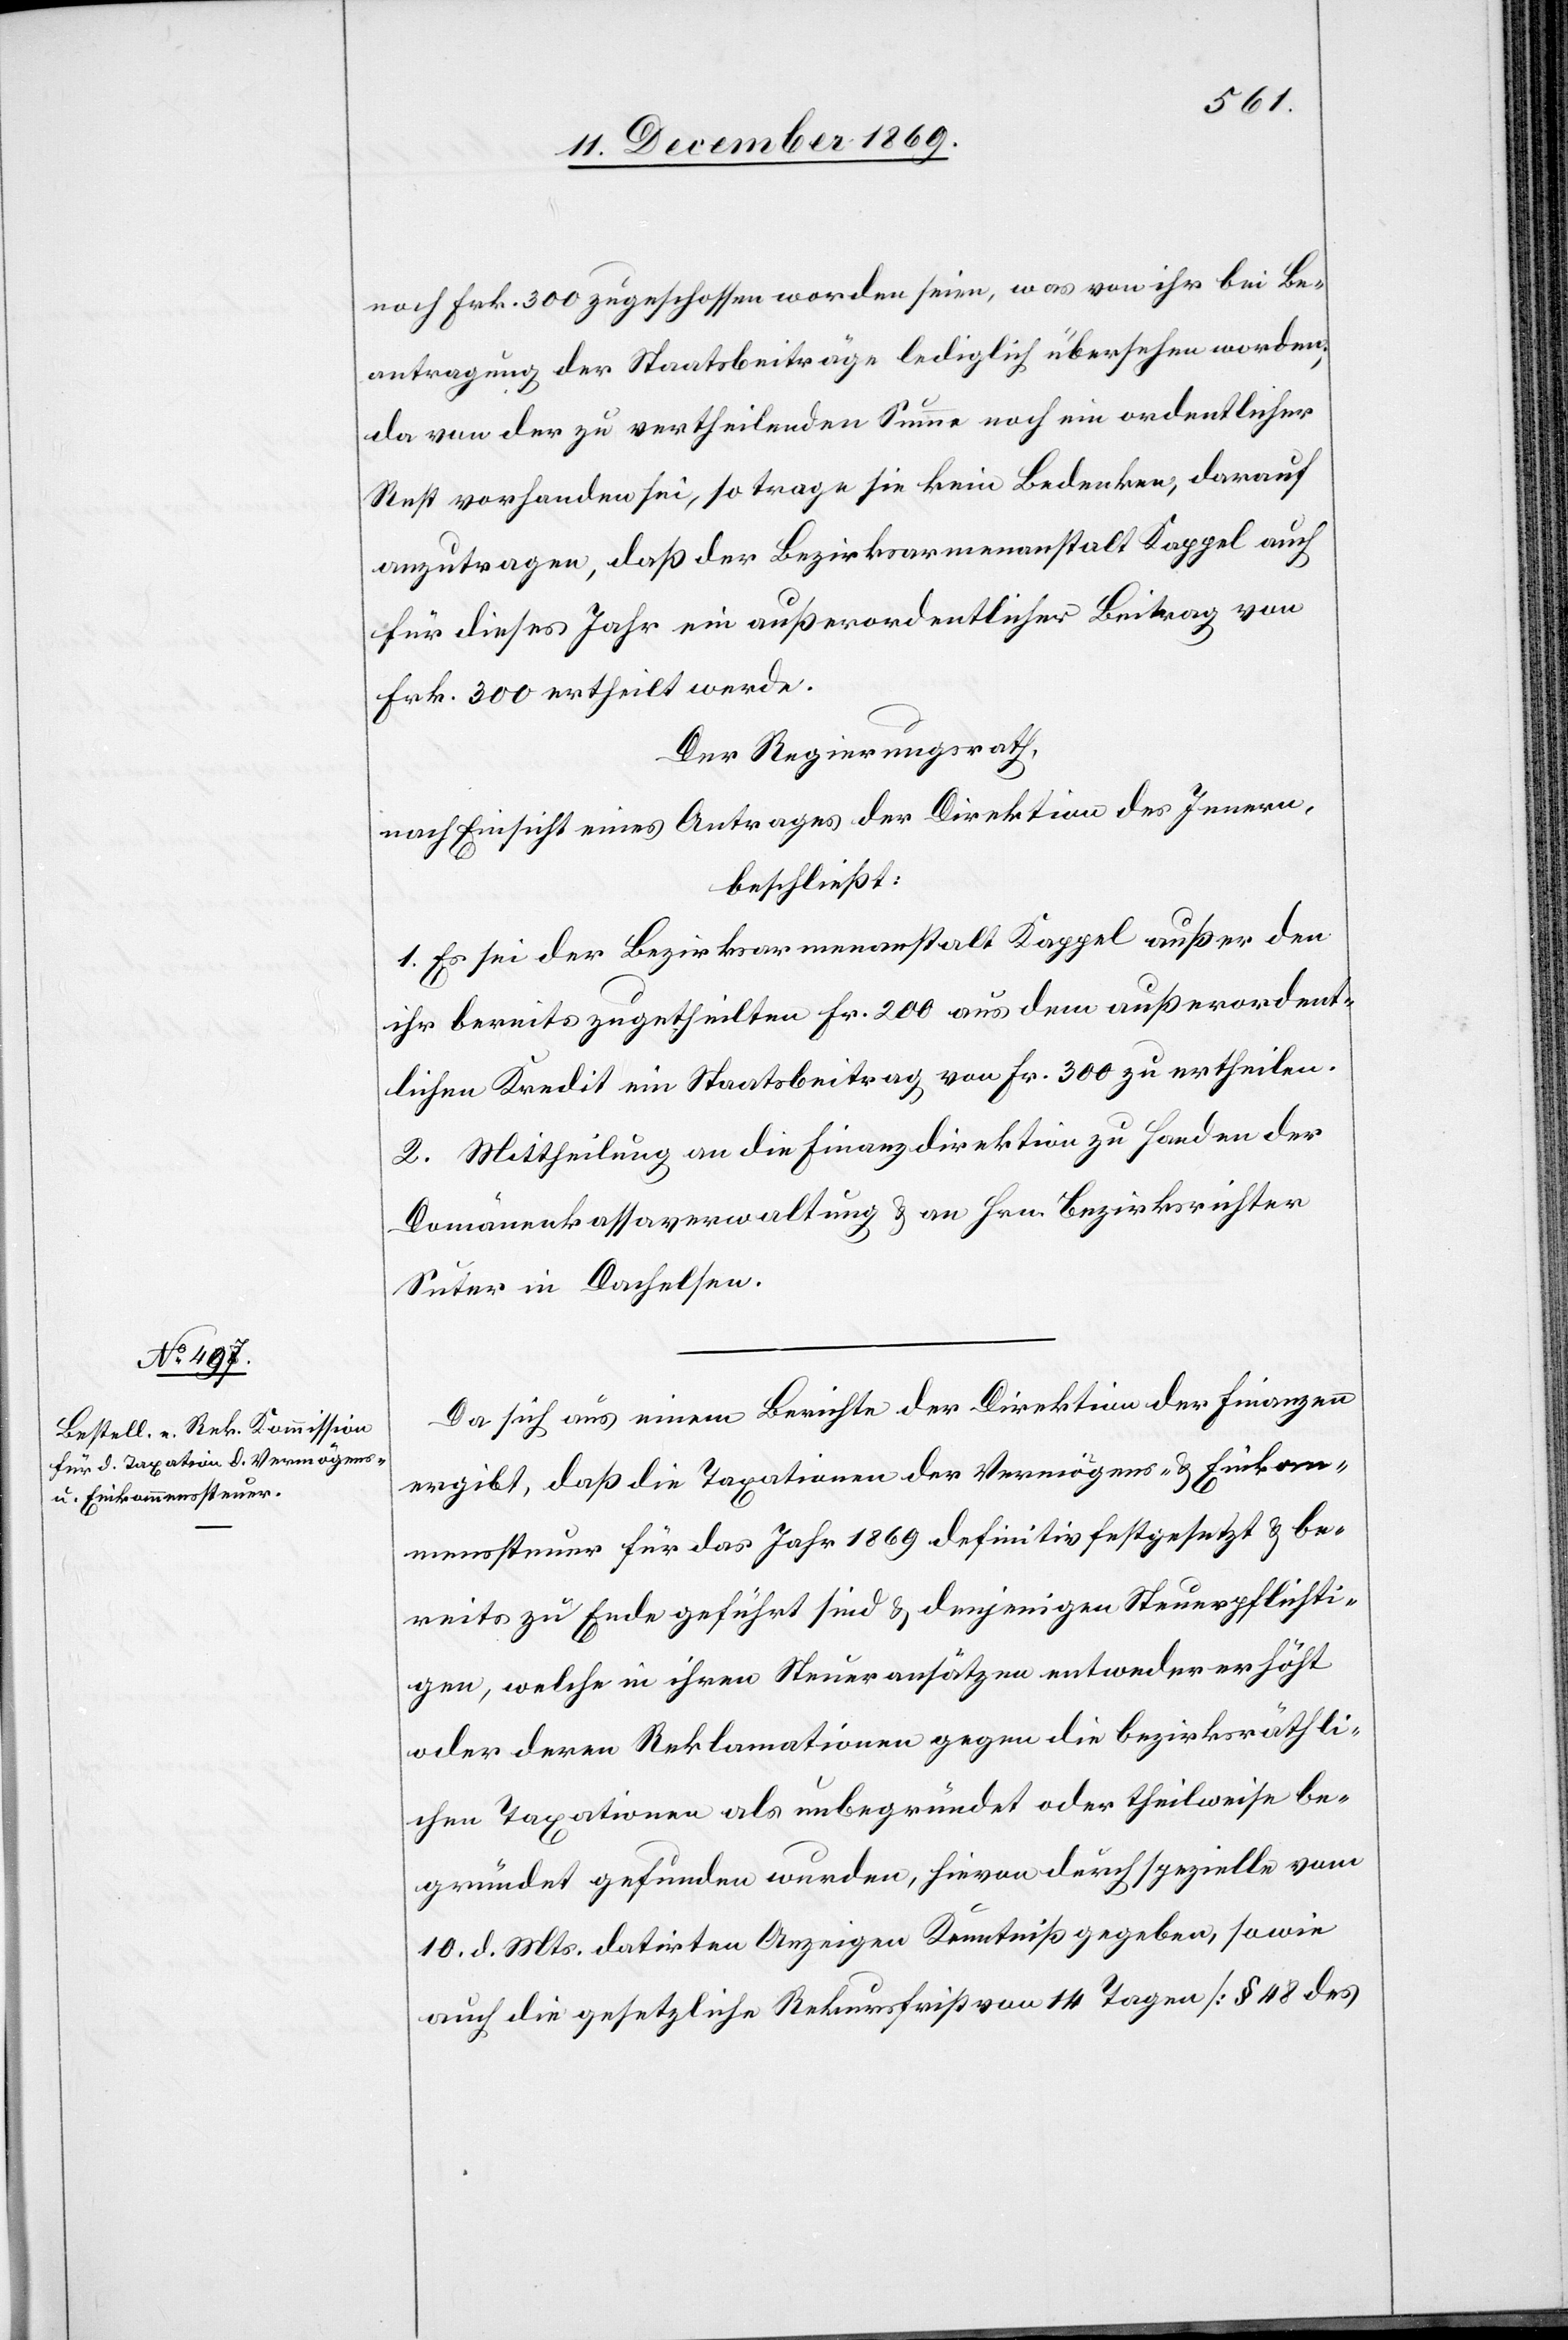
noch Frk. 300 zugeschossen worden seien, was von ihr bei Be¬
antragung der Staatsbeiträge lediglich übersehen worden;
da von der zu vertheilenden Summe noch ein ordentlicher
Rest vorhanden sei, so trage sie kein Bedenken, darauf
anzutragen, daß der Bezirksarmenanstalt Kappel auch
für dieses Jahr ein außerordentlicher Beitrag von
Frk. 300 ertheilt werde.
Der Regierungsrath,
nach Einsicht eines Antrages der Direktion des Innern,
beschließt:
1. Es sei der Bezirksarmenanstalt Kappel außer den
ihr bereits zugetheilten Fr. 200 aus dem außerordent¬
lichen Kredit ein Staatsbeitrag von Fr. 300 zu ertheilen.
2. Mittheilung an die Finanzdirektion zu Handen der
Domänenkassaverwaltung & an Hrn. Bezirksrichter
Suter in Dachelsen.
Da sich aus einem Berichte der Direktion der Finanzen
ergibt, daß die Taxationen der Vermögens- & Einkom¬
menssteuer für das Jahr 1869 definitiv festgesetzt & be¬
reits zu Ende geführt sind & denjenigen Steuerpflichti¬
gen, welche in ihren Steueransätzen entweder erhöht
oder deren Reklamationen gegen die bezirksräthli¬
chen Taxationen als unbegründet oder theilweise be¬
gründet gefunden wurden, hievon durch spezielle vom
10. d. Mts. datirten Anzeigen Kenntniß gegeben, sowie
auch die gesetzliche Rekursfrist von 14 Tagen [§ 48 des